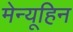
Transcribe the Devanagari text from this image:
मेन्यूहिन